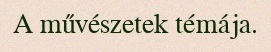
A művészetek témája.